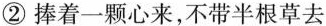
②捧着一颗心来，不带半根草去